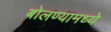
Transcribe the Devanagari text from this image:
बोलण्यामध्ये